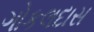
ગોકલદાસ